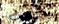
والدورف